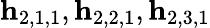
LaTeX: \mathbf{h}_{2,1,1},\mathbf{h}_{2,2,1},\mathbf{h}_{2,3,1}